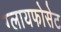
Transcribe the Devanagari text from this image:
ग्लायफोसेट